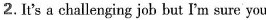
2.It's a challenging job but I'm sure you